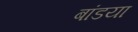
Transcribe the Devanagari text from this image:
बांडया